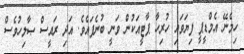
ހިމެނޭ އެމްޑީޕީ ފިޔަވައި ހުރިހާ ޕާޓީއަކުން ވަނީ ބުނެފައެވެ. އަދި ރައީސް ޞާލިހުވެސް